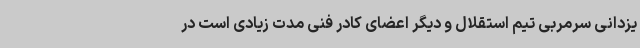
یزدانی سرمربی تیم استقلال و دیگر اعضای کادر فنی مدت زیادی است در